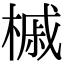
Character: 槭